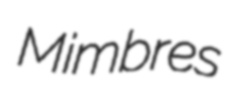
Mimbres